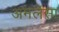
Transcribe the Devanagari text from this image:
अमलेसा